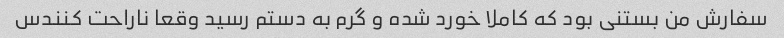
سفارش من بستنی بود که کاملا خورد شده و گرم به دستم رسید وقعا ناراحت کنندس